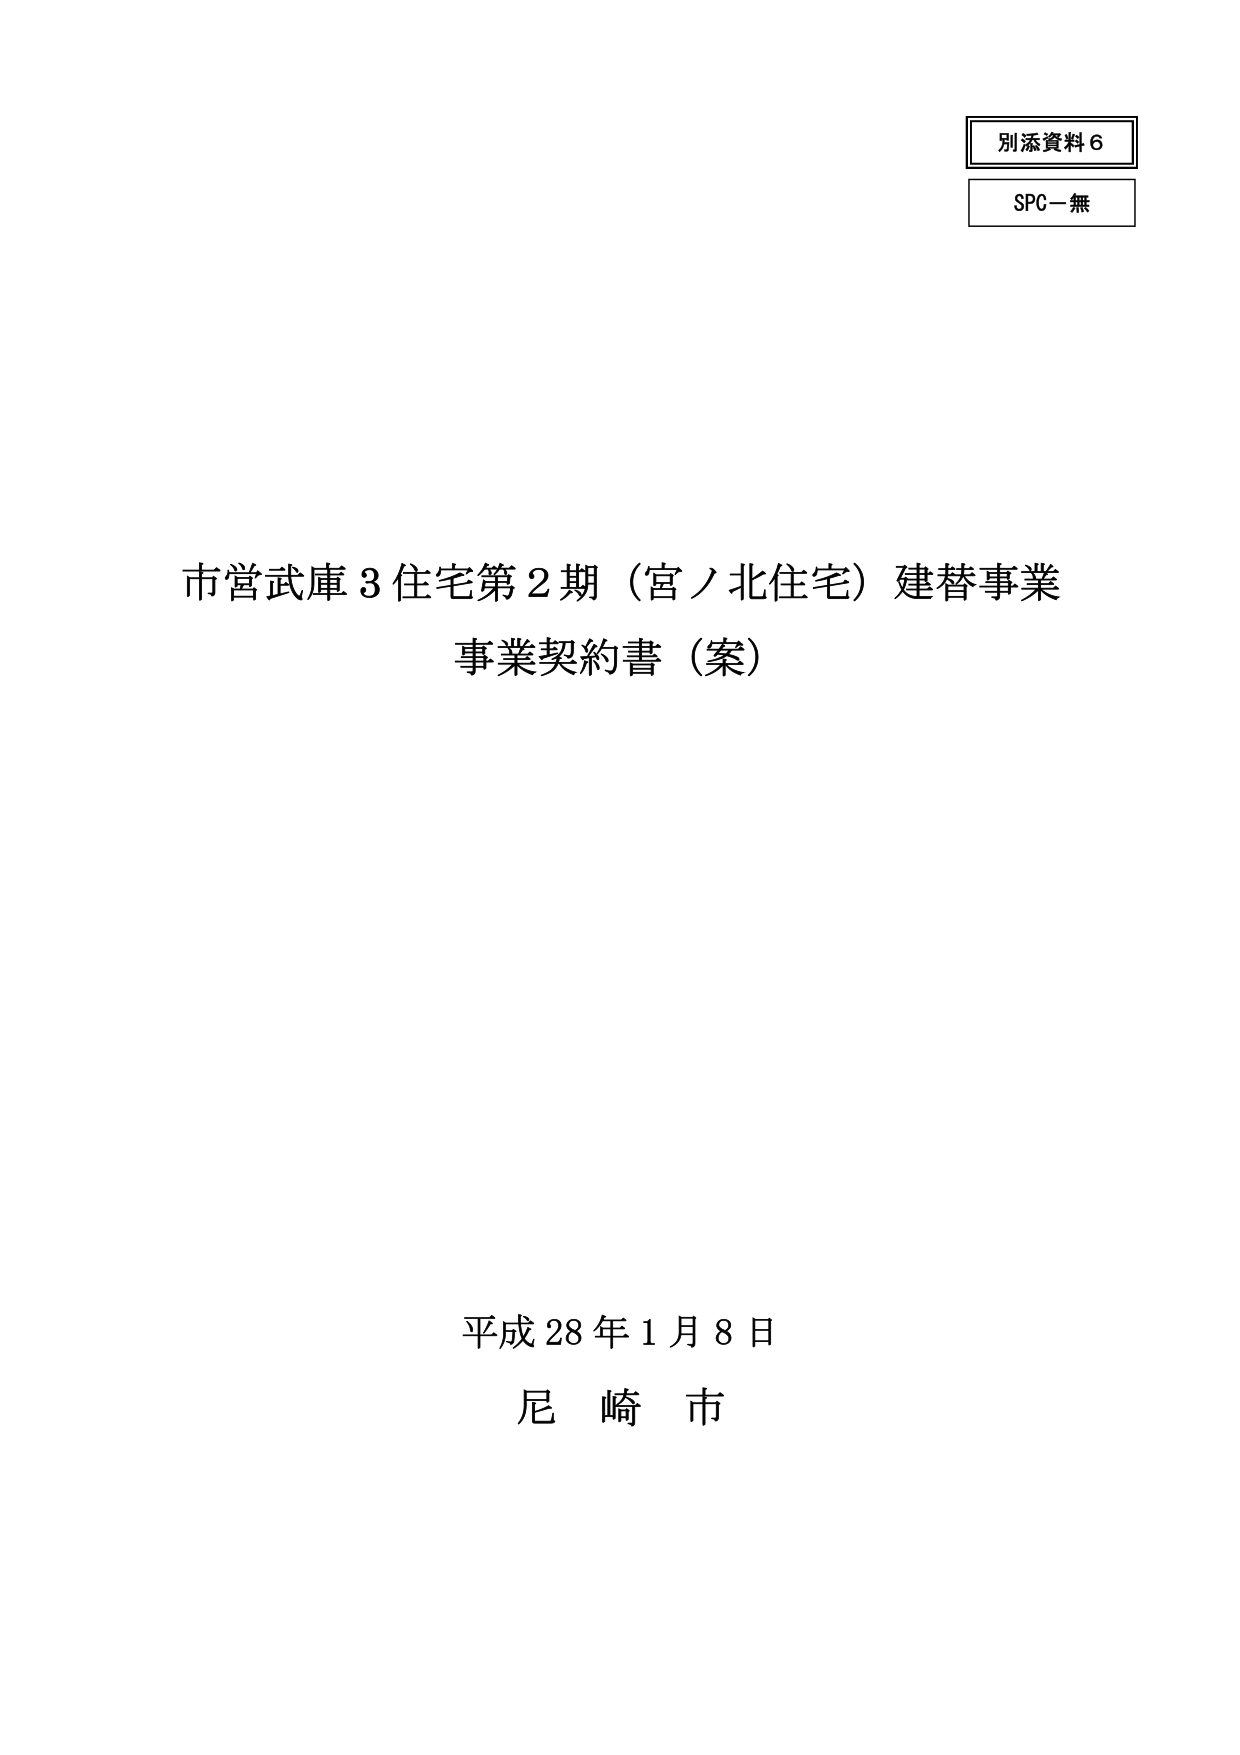
別添資料６
SPC－無

市営武庫３住宅第２期（宮ノ北住宅）建替事業
事業契約書（案）

平成28年1月8日
尼崎市